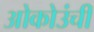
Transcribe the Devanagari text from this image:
ओकोउंची